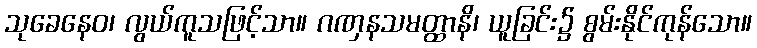
သုခေနေဝ၊ လွယ်ကူသဖြင့်သာ။ ဂဏှနသမတ္ထာနိ၊ ယူခြင်း၌ စွမ်းနိုင်ကုန်သော။